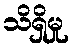
သိရှိမှု